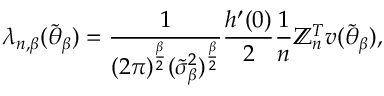
\boldsymbol { \lambda } _ { n , \beta } ( \widetilde { \boldsymbol { \theta } } _ { \beta } ) = \frac { 1 } { ( 2 \pi ) ^ { \frac { \beta } { 2 } } ( \widetilde { \sigma } _ { \beta } ^ { 2 } ) ^ { \frac { \beta } { 2 } } } \frac { h ^ { \prime } ( 0 ) } { 2 } \frac { 1 } { n } \mathbb { Z } _ { n } ^ { T } \boldsymbol { v } ( \widetilde { \boldsymbol { \theta } } _ { \beta } ) ,